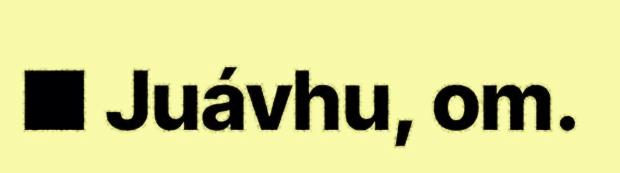
■ Juávhu, om.